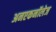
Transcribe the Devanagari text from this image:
अनएकनॉलेज